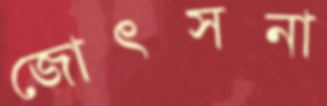
জোৎসনা